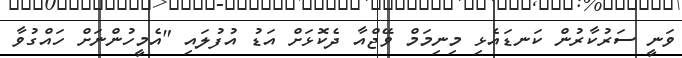
ވަނީ ސަރުކާރުން ކަނޑައެޅި މިނިމަމް ވޭޖްއާ ދެކޮޅަށް އަޑު އުފުލައި "އެމީހުންނަށް ހައްގުވާ